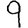
Digit: 9